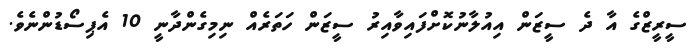
ސީރީޒްގެ އާ ދެ ސީޒަން އިއުލާނުކޮށްފައިވާއިރު ސީޒަން ހަތަރެއް ނިމިގެންދާނީ 10 އެޕިސޯޑުންނެވެ.